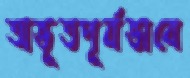
অভূতপূর্বভাবে